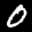
Label: 0